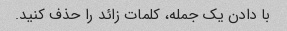
با دادن یک جمله، کلمات زائد را حذف کنید.